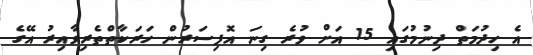
އެ ހިދުމަތް ދިނުމުގައި 15 އަށް ވުރެ ގިނަ އޮފިސަރުން ހަރަކާތްތެރިވާއިރު އޭގެ